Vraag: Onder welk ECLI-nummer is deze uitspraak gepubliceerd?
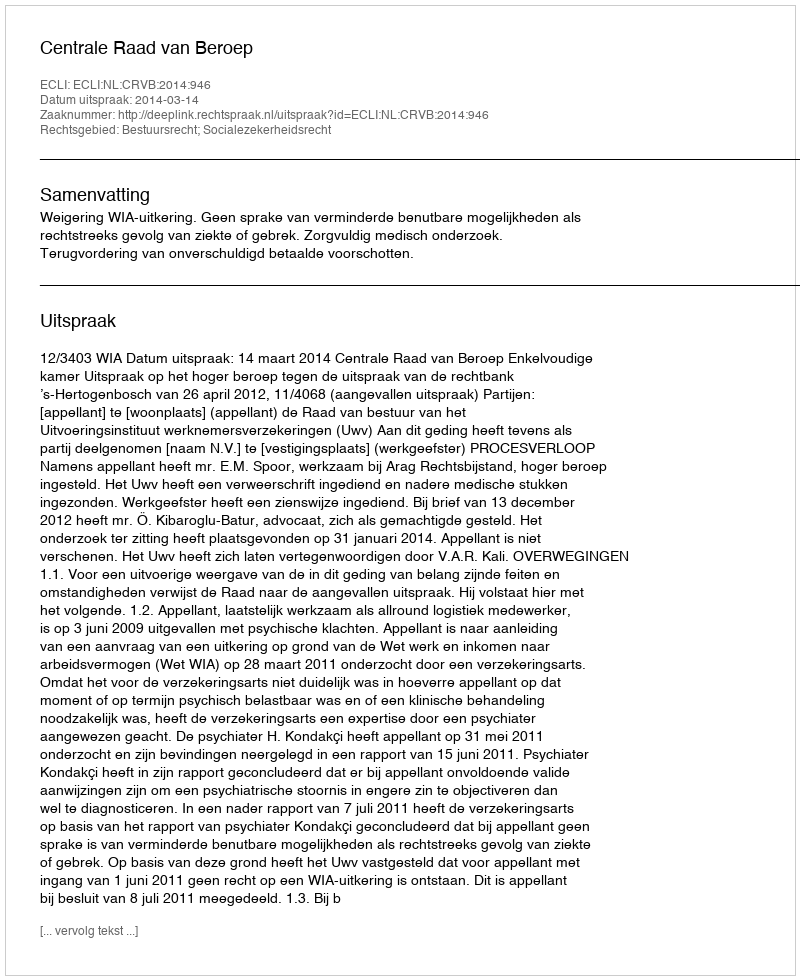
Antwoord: ECLI:NL:CRVB:2014:946